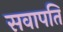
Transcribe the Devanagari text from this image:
सवापति